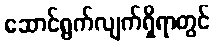
ဆောင်ရွက်လျက်ရှိရာတွင်